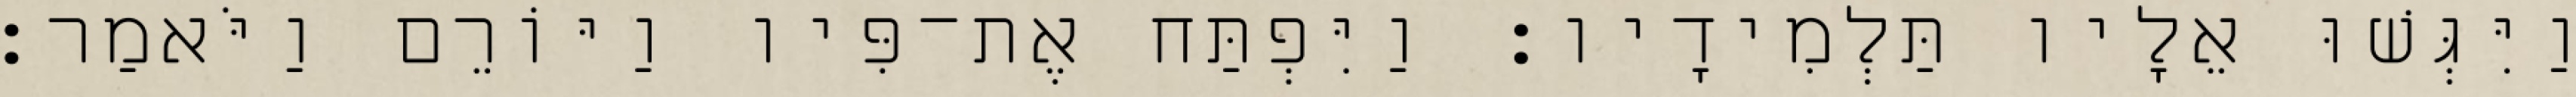
וַיִּגְּשׁוּ אֵלָיו תַּלְמִידָיו׃ וַיִּפְתַּח אֶת־פִּיו וַיּוֹרֵם וַיֹּאמַר׃